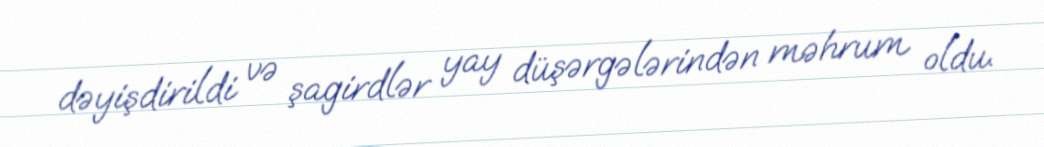
dəyişdirildi və şagirdlər yay düşərgələrindən məhrum oldu.